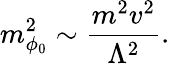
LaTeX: m_{\phi_{0}}^{2}\sim{\frac{m^{2}v^{2}}{\Lambda^{2}}}.